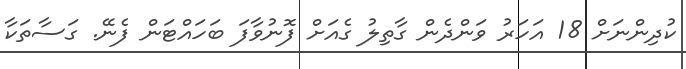
ކުދިންނަށް 18 އަހަރު ވަންދެން ގާތިލު ގެއަށް ފޮނުވާފަ ބަހައްޓަން ފެނޭ. ގަސާތަކާ